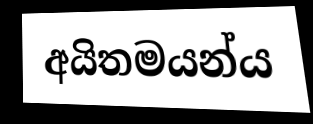
අයිතමයන්ය